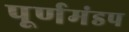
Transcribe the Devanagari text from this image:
पूर्णमंडप